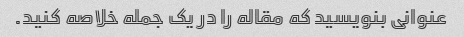
عنوانی بنویسید که مقاله را در یک جمله خلاصه کنید.